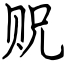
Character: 贶